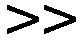
>>